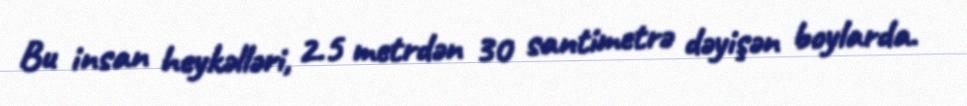
Bu insan heykəlləri, 2.5 metrdən 30 santimetrə dəyişən boylarda.